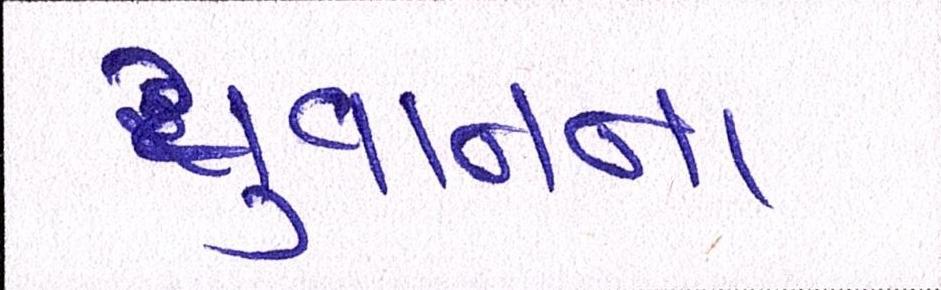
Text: યુવાનના